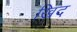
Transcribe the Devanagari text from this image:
खिंद